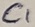
Text: C1